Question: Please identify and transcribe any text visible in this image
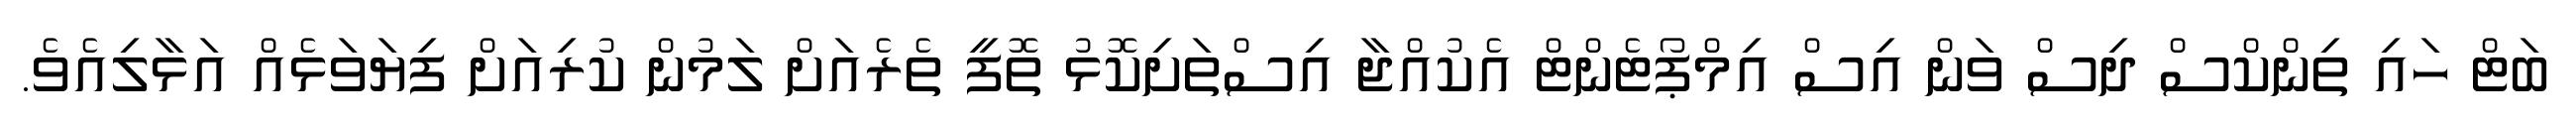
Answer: ބަޓް ހައި ތިންކްސް ދިސް ވަން އިސް އިމްޕޯޓެންޓް އެކުއްޖާ އިސްތަށިކޮޅު ތޮފީ ތެރެއަށް ލަމުން ކުރިއަށް ފިޔަވަޅެއް އަޅާލިއެވެ.